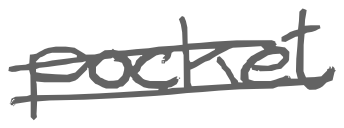
Text: pocket
Cross-out: double-line
Writing tool: digital_gray